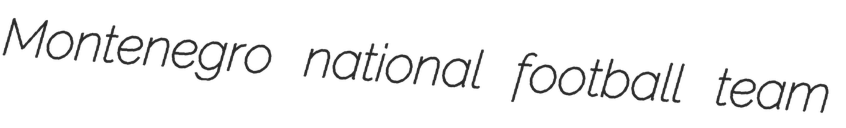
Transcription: Montenegro national football team